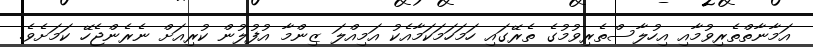
އަމާނާތްތެރިވުމާއި އިހުލާސްތެރިވުމުގެ ތެރޭގައި ހަމަހަމަކަމާއެކު އަމިއްލަ ޒިންމާ އުފުލުން ކުރިއަށް ނެރެންޖެހޭ ކަމަށެވެ.